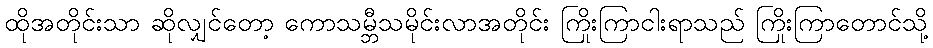
ထိုအတိုင်းသာ ဆိုလျှင်တော့ ကောသမ္ဘီသမိုင်းလာအတိုင်း ကြိုးကြာငါးရာသည် ကြိုးကြာတောင်သို့